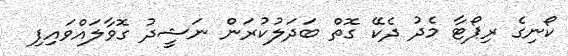
ކޯނިގެ ރިޕޯޓާ މެދު ދެކޭ ގޮތް ބަދަލުކުރަން ނަޝީދު ގޮވާލައްވައިފި